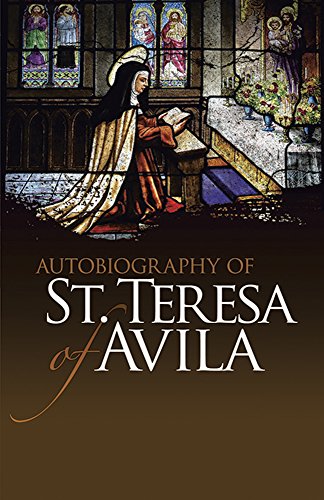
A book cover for Autobiography of St. Teresa of Avila (Dover Books on Western Philosophy); St. Teresa of Avila; Biographies & Memoirs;